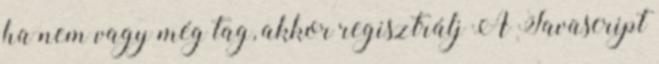
ha nem vagy még tag, akkor regisztrálj A Javascript